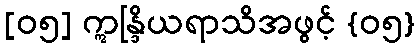
[၀၅] ဣန္ဒြိယရာသိအဖွင့် {၀၅}